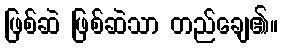
ဖြစ်ဆဲ ဖြစ်ဆဲသာ တည်ချေ၏။